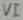
Text: VI